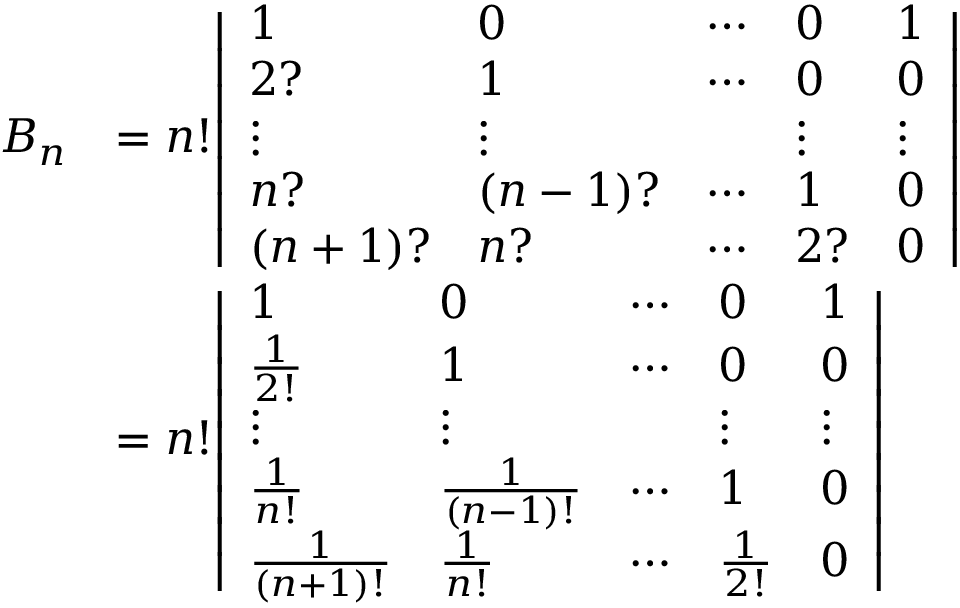
{ \begin{array} { r l } { B _ { n } } & { = n ! { \left| \begin{array} { l l l l l } { 1 } & { 0 } & { \cdots } & { 0 } & { 1 } \\ { 2 ? } & { 1 } & { \cdots } & { 0 } & { 0 } \\ { \vdots } & { \vdots } & & { \vdots } & { \vdots } \\ { n ? } & { ( n - 1 ) ? } & { \cdots } & { 1 } & { 0 } \\ { ( n + 1 ) ? } & { n ? } & { \cdots } & { 2 ? } & { 0 } \end{array} \right| } } \\ & { = n ! { \left| \begin{array} { l l l l l } { 1 } & { 0 } & { \cdots } & { 0 } & { 1 } \\ { { \frac { 1 } { 2 ! } } } & { 1 } & { \cdots } & { 0 } & { 0 } \\ { \vdots } & { \vdots } & & { \vdots } & { \vdots } \\ { { \frac { 1 } { n ! } } } & { { \frac { 1 } { ( n - 1 ) ! } } } & { \cdots } & { 1 } & { 0 } \\ { { \frac { 1 } { ( n + 1 ) ! } } } & { { \frac { 1 } { n ! } } } & { \cdots } & { { \frac { 1 } { 2 ! } } } & { 0 } \end{array} \right| } } \end{array} }